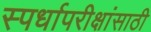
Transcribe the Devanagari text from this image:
स्पर्धापरीक्षांसाठी